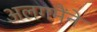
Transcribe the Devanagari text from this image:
अलगमैंने